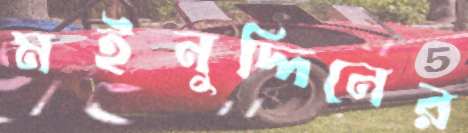
মইনুদ্দিনের